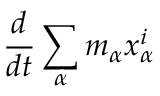
{ \frac { d } { d t } } \sum _ { \alpha } m _ { \alpha } x _ { \alpha } ^ { i }